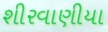
શીરવાણીયા